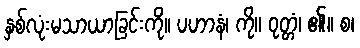
နှစ်လုံးမသာယာခြင်းကို။ ပဟာနံ၊ ကို။ ဝုတ္တံ၊ ၏။ စ၊